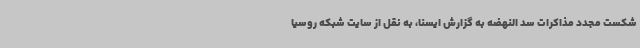
شکست مجدد مذاکرات سد النهضه به گزارش ایسنا، به نقل از سایت شبکه روسیا